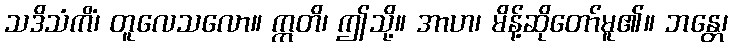
သဒိသံကိံ၊ တူလေသလော။ ဣတိ၊ ဤသို့။ အာဟ၊ မိန့်ဆိုတော်မူ၏။ ဘန္တေ၊